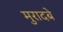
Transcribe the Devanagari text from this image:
मुरादबे